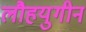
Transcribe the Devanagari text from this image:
लौहयुगीन